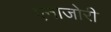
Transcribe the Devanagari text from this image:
एनाजोरी